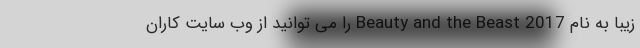
زیبا به نام Beauty and the Beast 2017 را می توانید از وب سایت کاران